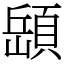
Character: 𩓥